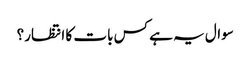
سوال یہ ہے کس بات کا انتظار؟